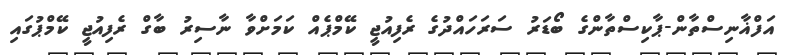
އަފްޣާނިސްތާން-ޕާކިސްތާންގެ ބޯޑަރު ސަރަހައްދުގެ ރެފިއުޖީ ކޭމްޕެއް ކަމަށްވާ ނާސިރު ބާގް ރެފިއުޖީ ކޭމްޕުގައި